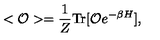
< { \cal O } > = \frac { 1 } { Z } \mathrm { T r } [ { \cal O } e ^ { - \beta H } ] ,